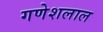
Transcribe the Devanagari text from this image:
गणेशलाल